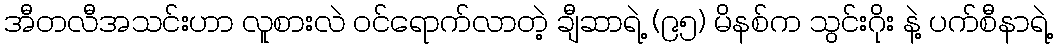
အီတလီအသင်းဟာ လူစားလဲ ဝင်ရောက်လာတဲ့ ချီဆာရဲ့ (၉၅) မိနစ်က သွင်းဂိုး နဲ့ ပက်စီနာရဲ့